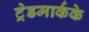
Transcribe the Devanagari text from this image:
ट्रेडमार्कके